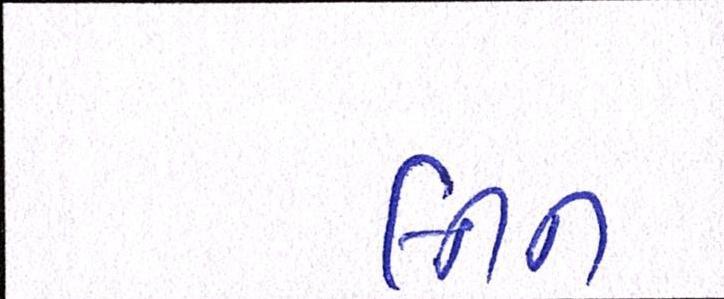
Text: લીન